Indian journal of veterinary science and animal husbandry - Volume 8,
Year: 1938
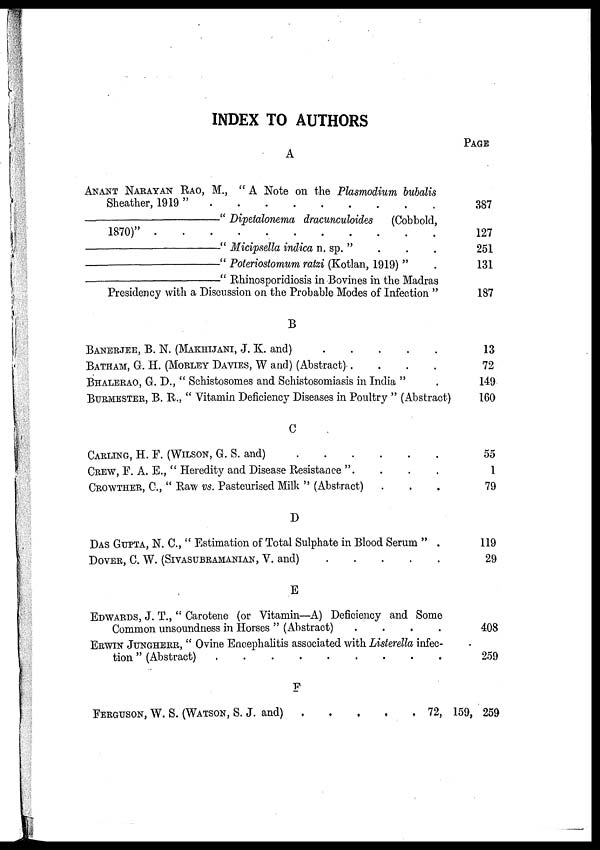
INDEX TO AUTHORS
A
ANANT NARAYAN RAO, M., " A Note on the Plasmodium bubalis
Sheather, 1919 " . . . . . . . . .
—Dipetalonema dracunculoides (Cobbold,
1870)" . . . . . . . . .
—"
Micipsella indica n. sp. ".
.
.
—"
Poteriostomum ratzi (Kotlan, 1919) " .
Rhinosporidiosis in Bovines in the Madras
Presidency with a Discussion on the Probable Modes of Infection "
B
BANERJEE, B. N. (MAKHIJANI, J. K. and) . . . . .
BATHAM, G. H. (MORLEY DAVIS, W and) (Abstract) .
.
.
.
BHALERAO, G. D., " Schistosomes and Schistosomiasis in India " .
BURMESTER, B. R., " Vitamin Deficiency Diseases in Poultry " (Abstract)
C
CARLING, H. F. (WILSON, G. S. and) . . . . . .
CREW, F. A. E., " Heredity and Disease Resistance " . . . .
CROWTHER, C, " Raw vs. Pasteurised Milk " (Abstract) . . .
D
DAS GUPTA, N. C., " Estimation of Total Sulphate in Blood Serum " .
DOVER, C. W. (SIVASUBRAMANIAN, V. and) . . . . .
E
EDWARDS, J. T., " Carotene (or Vitamin—A) Deficiency and Some
Common unsoundness in Horses " (Abstract)
.
.
.
.
ERWIN JUNGHERR, " Ovine Encephalitis associated with Listerella infec-
tion" (Abstract) . . . . . . . . .
F
FERGUSON, W. S. (WATSON, S. J. and) . . . . .
PAGE
387
127
251
131
187
13
72
149
160
55
1
79
119
29
408
259
72, 159, 259